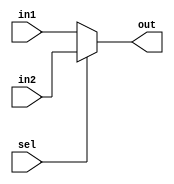
module mux6(sel,in1,in2,out);
  input sel;
  input [5:0] in1;
  input [5:0] in2;
  output [5:0] out;
  assign out = sel?in2:in1;
endmodule